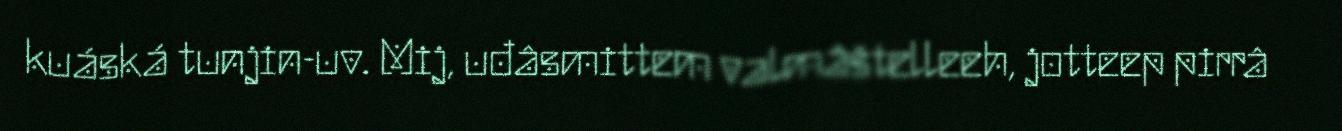
kuáská tunjin-uv. Mij, uđâsmittem valmâštelleeh, jotteep pirrâ